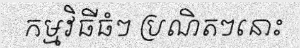
កម្មវិធីធំៗ ប្រណិតៗនោះ